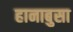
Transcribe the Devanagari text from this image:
हानाबुसा